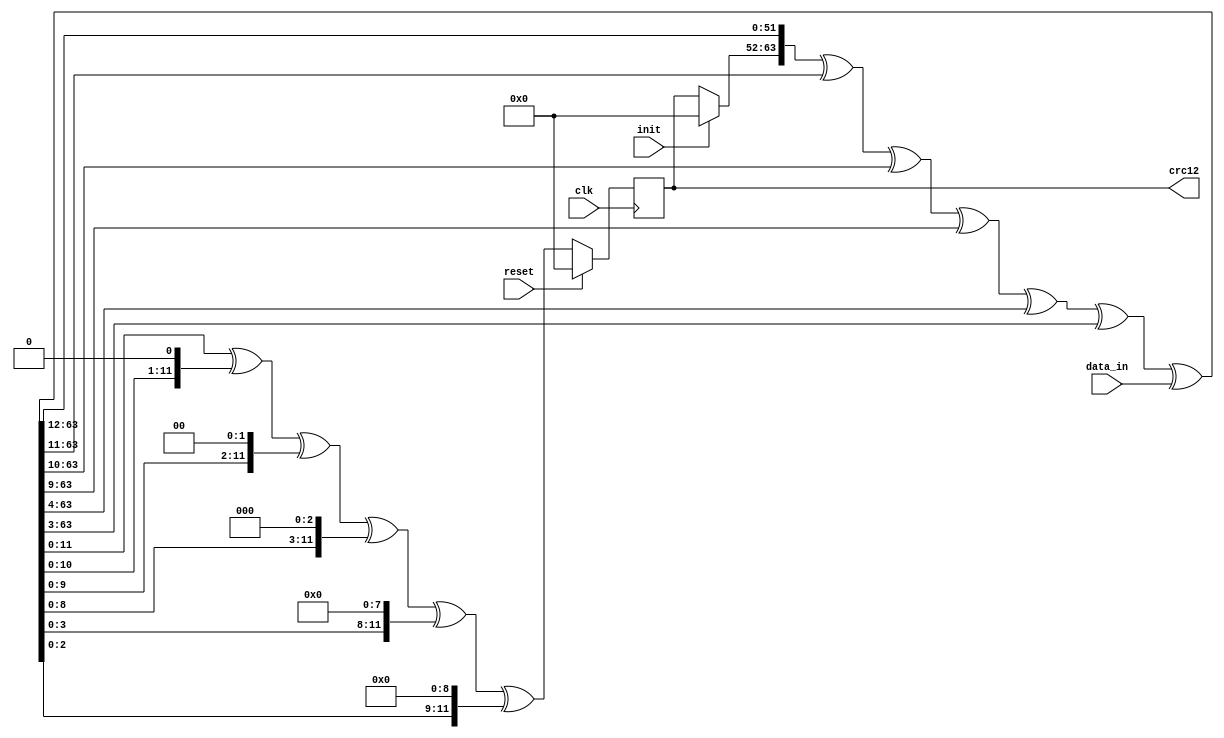
//
// The ADI JESD204 Core is released under the following license, which is
// different than all other HDL cores in this repository.
//
// Please read this, and understand the freedoms and responsibilities you have
// by using this source code/core.
//
// The JESD204 HDL, is copyright  2016-2017 Analog Devices Inc.
//
// This core is free software, you can use run, copy, study, change, ask
// questions about and improve this core. Distribution of source, or resulting
// binaries (including those inside an FPGA or ASIC) require you to release the
// source of the entire project (excluding the system libraries provide by the
// tools/compiler/FPGA vendor). These are the terms of the GNU General Public
// License version 2 as published by the Free Software Foundation.
//
// This core  is distributed in the hope that it will be useful, but WITHOUT ANY
// WARRANTY; without even the implied warranty of MERCHANTABILITY or FITNESS FOR
// A PARTICULAR PURPOSE. See the GNU General Public License for more details.
//
// You should have received a copy of the GNU General Public License version 2
// along with this source code, and binary.  If not, see
// <http://www.gnu.org/licenses/>.
//
// Commercial licenses (with commercial support) of this JESD204 core are also
// available under terms different than the General Public License. (e.g. they
// do not require you to accompany any image (FPGA or ASIC) using the JESD204
// core with any corresponding source code.) For these alternate terms you must
// purchase a license from Analog Devices Technology Licensing Office. Users
// interested in such a license should contact jesd204-licensing@analog.com for
// more information. This commercial license is sub-licensable (if you purchase
// chips from Analog Devices, incorporate them into your PCB level product, and
// purchase a JESD204 license, end users of your product will also have a
// license to use this core in a commercial setting without releasing their
// source code).
//
// In addition, we kindly ask you to acknowledge ADI in any program, application
// or publication in which you use this JESD204 HDL core. (You are not required
// to do so; it is up to your common sense to decide whether you want to comply
// with this request or not.) For general publications, we suggest referencing :
// The design and implementation of the JESD204 HDL Core used in this project
// is copyright  2016-2017, Analog Devices, Inc.
//

`timescale 1ns/100ps

module jesd204_crc12 #(
  parameter WIDTH = 64
) (
  input clk,
  input reset,

  input init,

  input [WIDTH-1:0] data_in,
  output [11:0] crc12
);

reg [11:0] state = 12'b0;

wire [WIDTH-1:0] feedback;
wire [WIDTH-1+12:0] full_state;

assign full_state = {init ? 12'h0 : state, feedback};
assign feedback = full_state[WIDTH-1+12:12] ^
                  full_state[WIDTH-1:11] ^
                  full_state[WIDTH-1:10] ^
                  full_state[WIDTH-1:9] ^
                  full_state[WIDTH-1:4] ^
                  full_state[WIDTH-1:3] ^
                  data_in;

always @(posedge clk) begin
  if (reset == 1'b1) begin
    state <= 12'b0;
  end else begin
    state <= full_state[11:0] ^
            {full_state[10:0],1'b0} ^
            {full_state[9:0],2'b0} ^
            {full_state[8:0],3'b0} ^
            {full_state[3:0],8'b0} ^
            {full_state[2:0],9'b0};
  end
end

assign crc12 = state;

endmodule